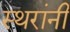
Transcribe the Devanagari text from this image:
स्थरांनी